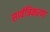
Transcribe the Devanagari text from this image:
सार्वत्रिकरण